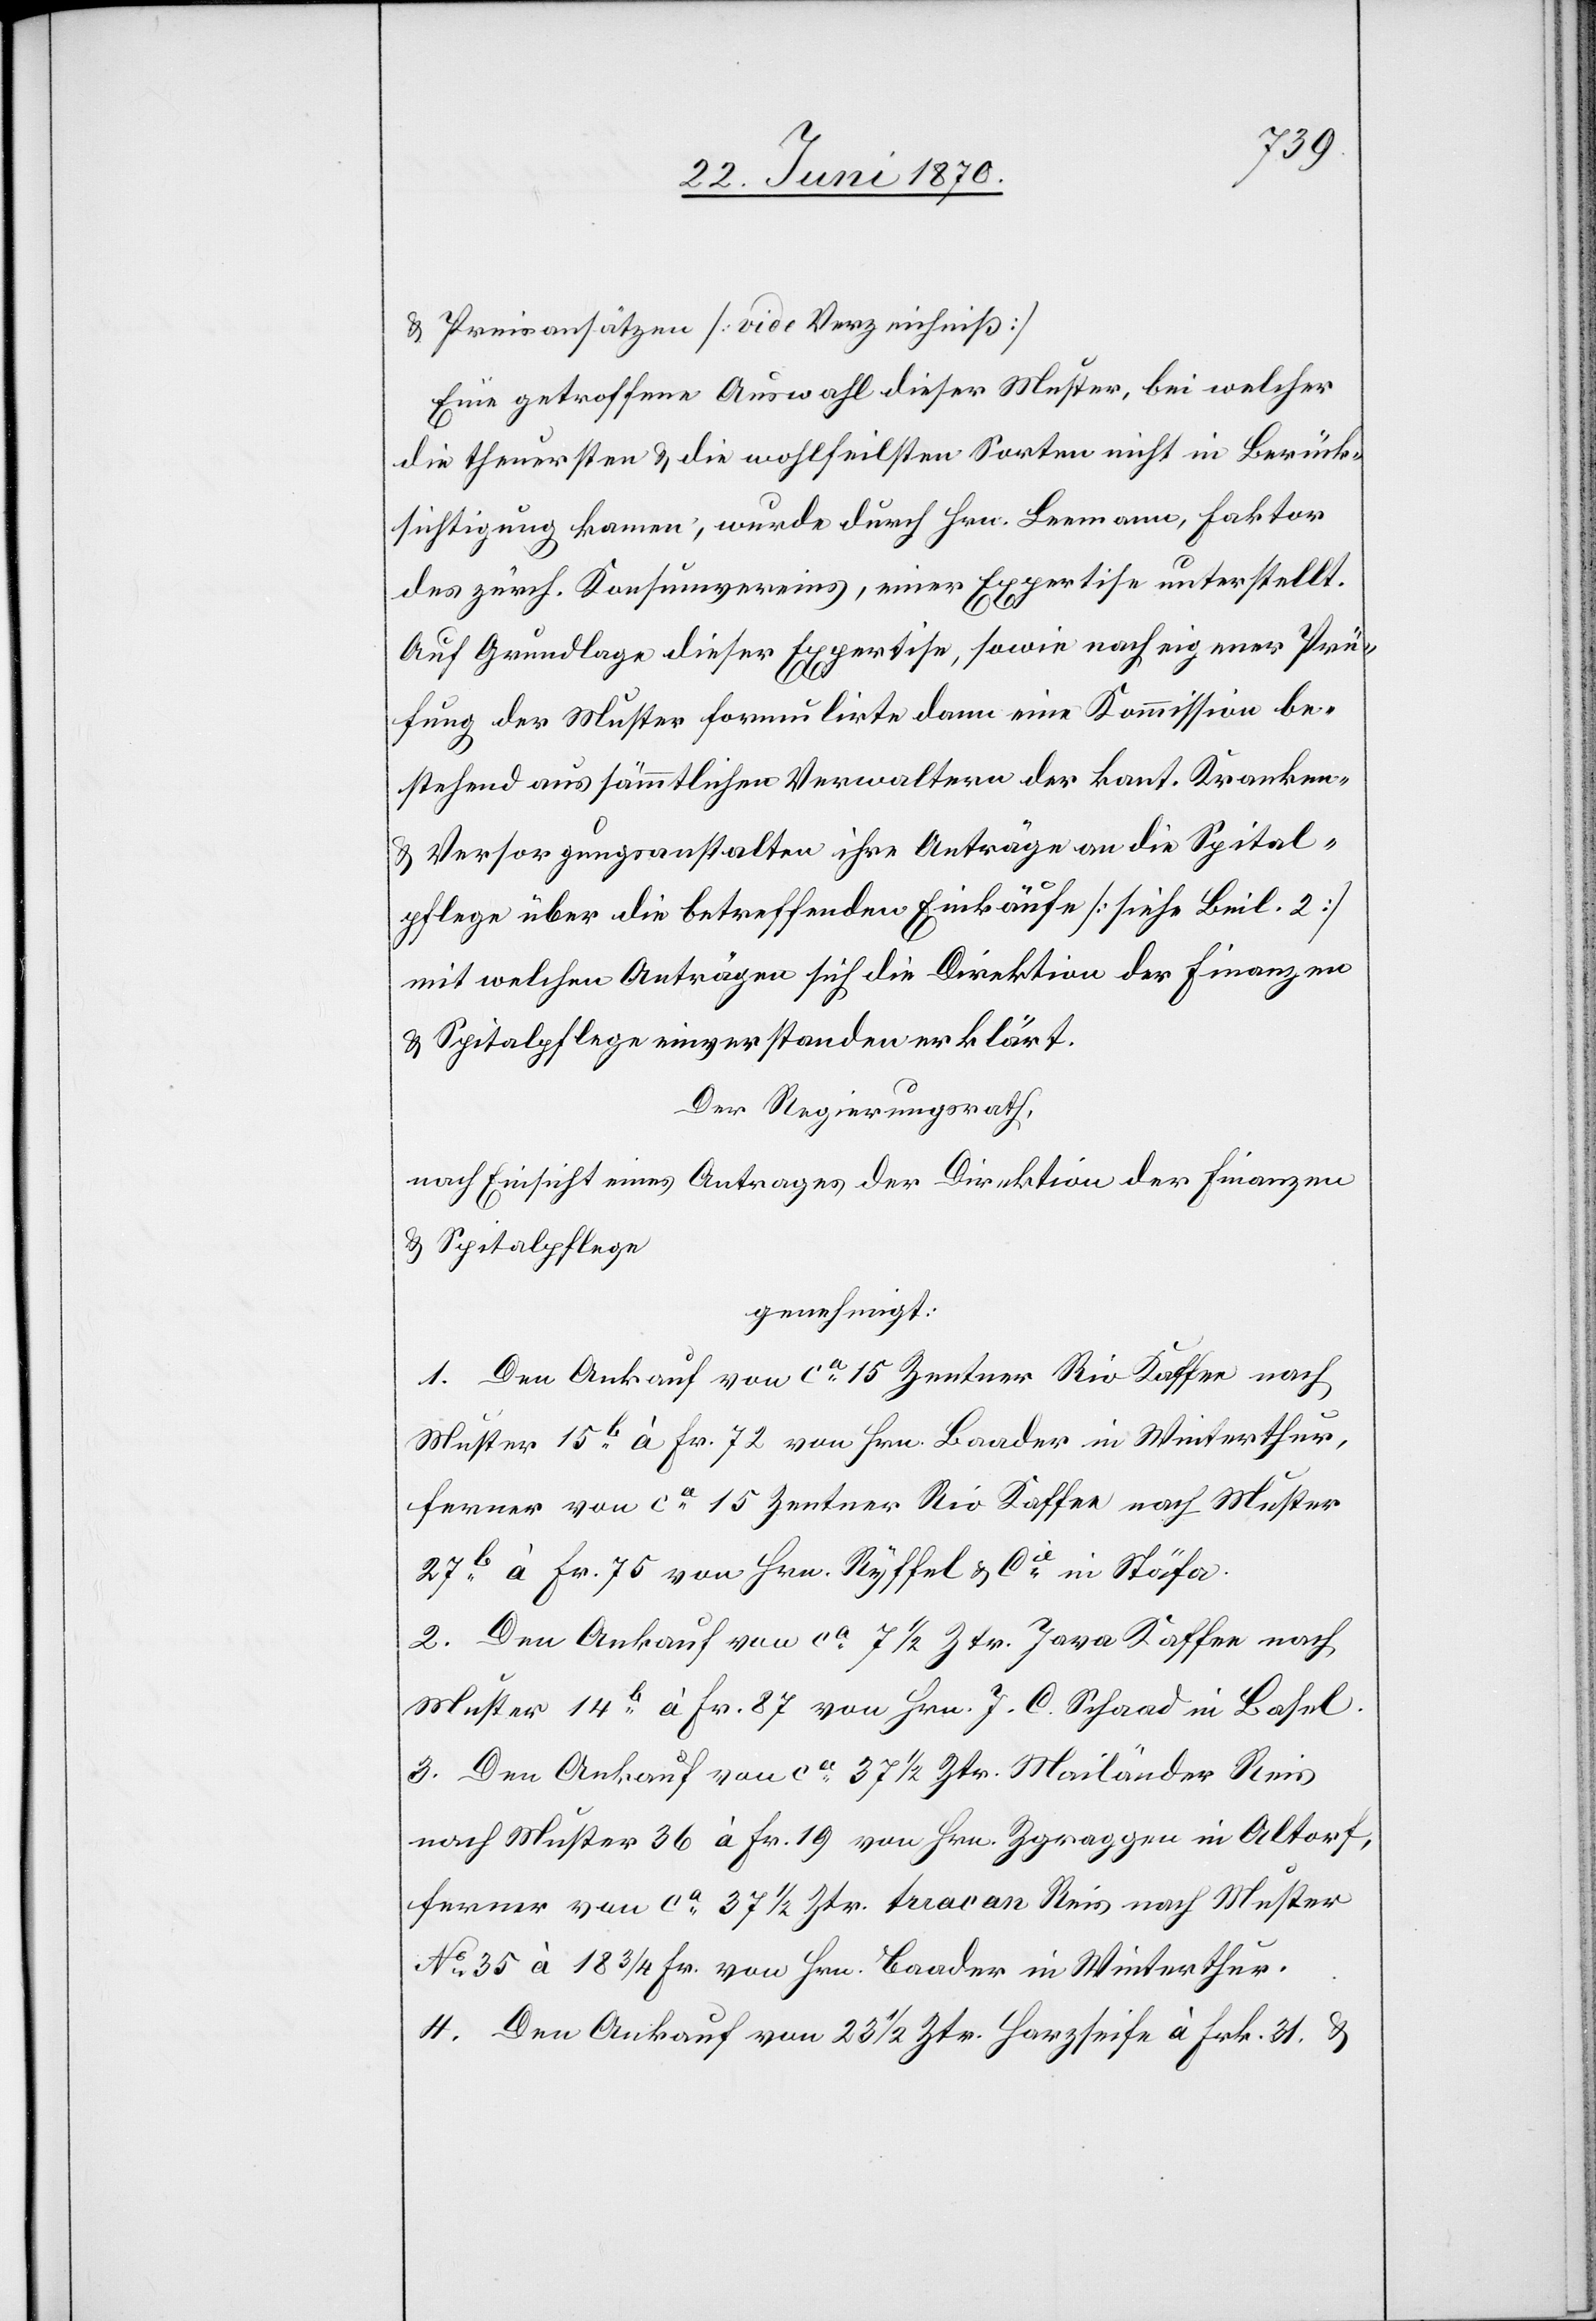
& Preisansätzen [vide Verzeichniß]
Eine getroffene Auswahl dieser Muster, bei welcher
die theuersten & die wohlfeilsten Sorten nicht in Berück¬
sichtigung kamen, wurde durch Hrn. Leemann, Faktor
des zürch. Konsumvereins, einer Expertise unterstellt.
Auf Grundlage dieser Expertise, sowie nach eigener Prü¬
fung der Muster formulirte dann eine Kommission be¬
stehend aus sämmtlichen Verwaltern der kant. Kranken-
& Versorgungsanstalten ihre Anträge an die Spital¬
pflege über die betreffenden Einkäufe [siehe Beil. 2]
mit welchen Anträgen sich die Direktion der Finanzen
& Spitalpflege einverstanden erklärt.
Der Regierungsrath,
nach Einsicht eines Antrages der Direktion der Finanzen
& Spitalpflege,
genehmigt:
1. Den Ankauf von ca 15 Zentner Rio Kaffee nach
Muster 15b à Fr. 72 von Hrn. Baader in Winterthur,
ferner von ca 15 Zentner Rio Kaffee nach Muster
27b à Fr. 75 von Hrn. Ryffel & Cie in Stäfa.
2. Den Ankauf von ca 7 1/2 Ztr. Java Kaffee nach
Muster 14b à Fr. 87 von Hrn. J. C. Schaad in Basel.
3. Den Ankauf von ca 37 1/2 Ztr. Mailänder Reis
nach Muster 36 à Fr. 19 von Hrn. Zgraggen in Altorf,
ferner von ca 37 1/2 Ztr. tuacan Reis nach Muster
No 35 à 18 3/4 Fr. von Hrn. Baader in Winterthur.
4. Den Ankauf von 23 1/2 Ztr. Harzseife à Frk. 31 &